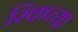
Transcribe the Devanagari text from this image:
रिकच्या